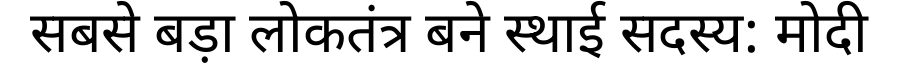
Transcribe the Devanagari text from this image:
सबसे बड़ा लोकतंत्र बने स्थाई सदस्य: मोदी